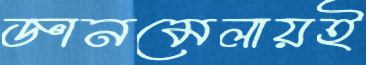
জ্ঞানমেলায়ই